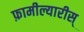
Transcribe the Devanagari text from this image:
फ़ामील्यारीस्